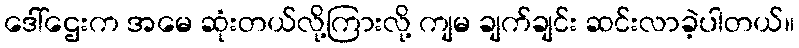
ဒေါ်ဌေးက အမေ ဆုံးတယ်လို့ကြားလို့ ကျမ ချက်ချင်း ဆင်းလာခဲ့ပါတယ်။